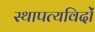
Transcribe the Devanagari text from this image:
स्थापत्यविदों